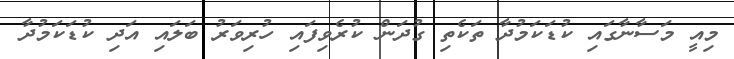
މިއީ މަސާނާގައި ކުޑަކަމުދާ ތަކެތި ގުދަން ކުރެވިފައި ހުރިވަރު ބަލައި އަދި ކުޑަކަމުދާ